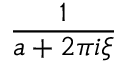
\frac { 1 } { a + 2 \pi i \xi }